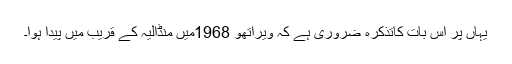
یہاں پر اس بات کاتذکرہ ضروری ہے کہ ویراتھو 1968میں منڈالیہ کے قریب میں پیدا ہوا۔